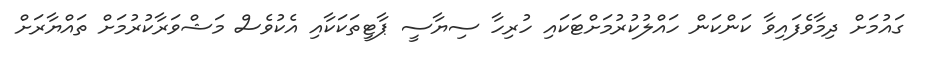
ގައުމަށް ދިމާވެފައިވާ ކަންކަން ހައްލުކުރުމަށްޓަކައި ހުރިހާ ސިޔާސީ ޕާޓީތަކަކާއި އެކުވެސް މަޝްވަރާކުރުމަށް ތައްޔާރަށް